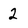
Character: 2